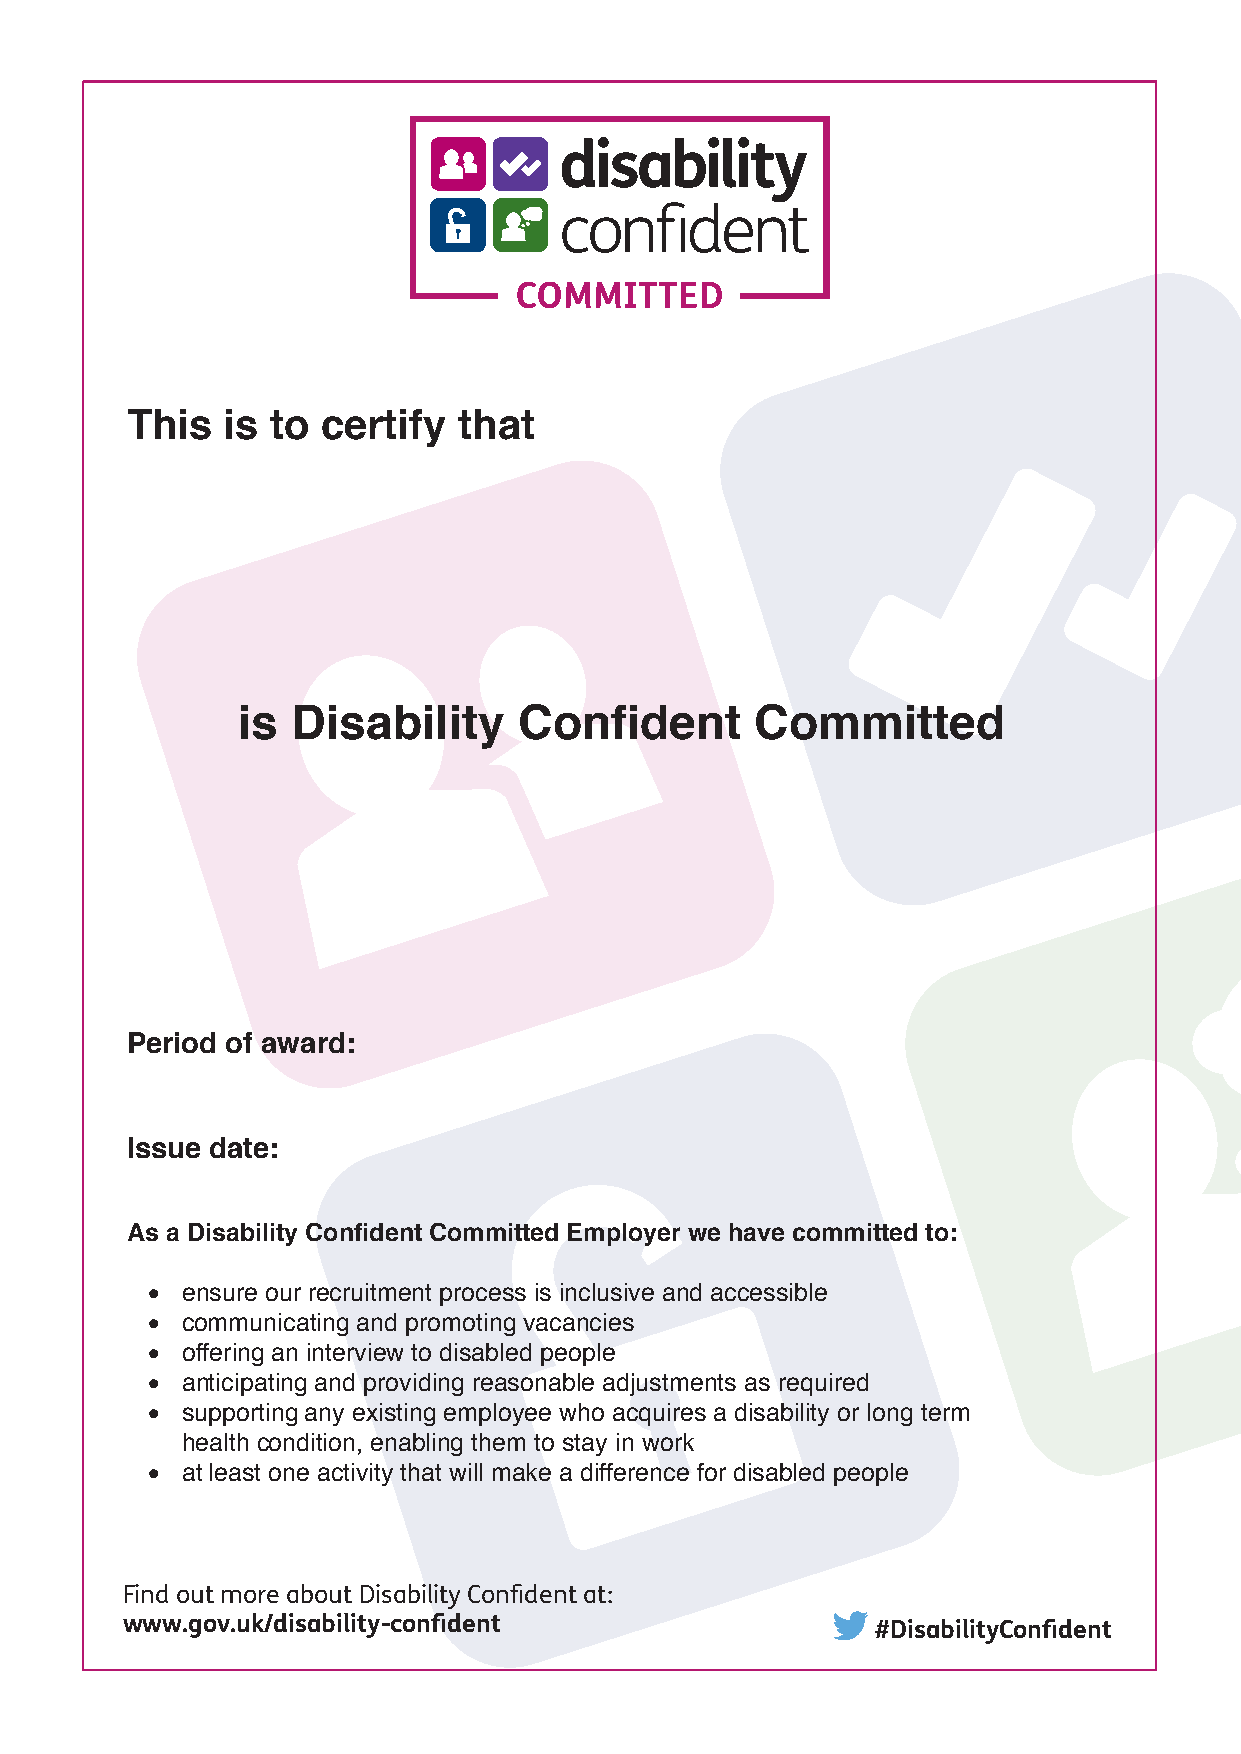
COMMITTED
 This   is to certify  that
 is Disability     Confident       Committed
 Period of award:
 Issue date:
 As a Disability Confident Committed Employer we have committed to:
 • ensure our recruitment process is inclusive and accessible
 • communicating and promoting vacancies
 • offering an interview to disabled people
 • anticipating and providing reasonable adjustments as required
 • supporting any existing employee who acquires a disability or long term
 health condition, enabling them to stay in work
 • at least one activity that will make a difference for disabled people
 Find out more about Disability Confident at:
 www.gov.uk/disability-confident                   #DisabilityConfident